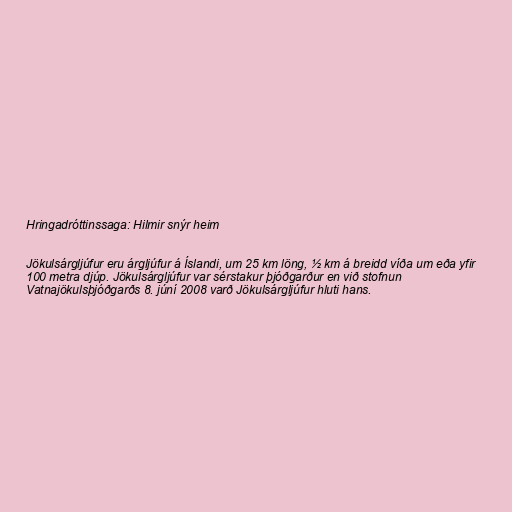
Hringadróttinssaga: Hilmir snýr heim

Jökulsárgljúfur eru árgljúfur á Íslandi, um 25 km löng, ½ km á breidd víða um eða yfir
100 metra djúp. Jökulsárgljúfur var sérstakur þjóðgarður en við stofnun
Vatnajökulsþjóðgarðs 8. júní 2008 varð Jökulsárgljúfur hluti hans.